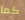
كما